King Institute of Preventive Medicine Bacteriolog. Section reports 1907-08
Year: 1907
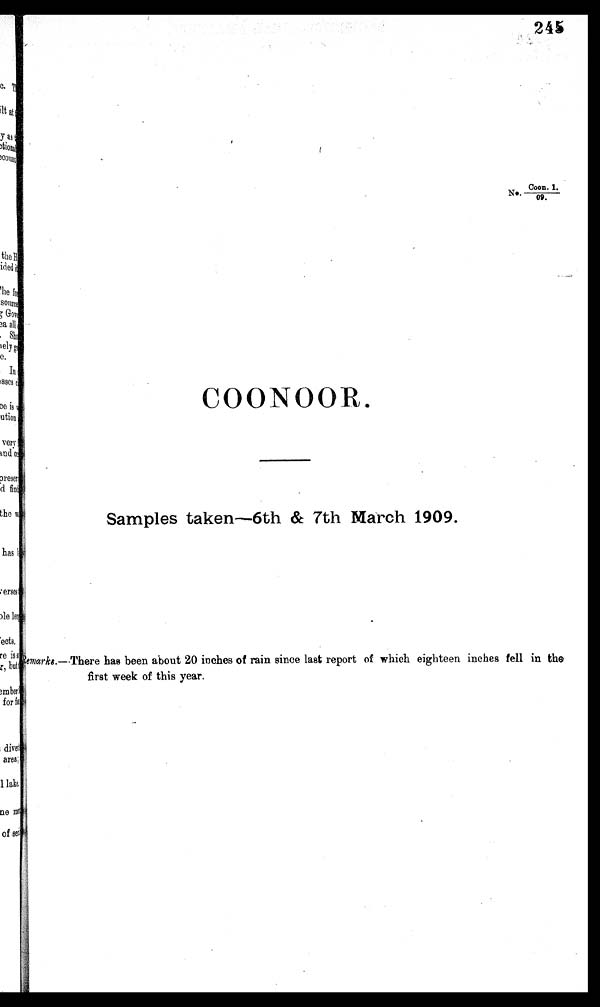
245
N o . C o o n . 1 . / 0 9 .
COONOOR
Samples taken-6th & 7th March 1909.
R e m a r k g . — T h e r e h a s b e e n a b o u t 2 0 i n c h e s o f r a i n s i n c e l a s t r e p o r t o f w h i c h e i g h t e e n i n c h e s f e l l i n t h e
first week of this year.